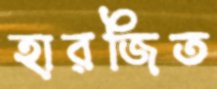
হারজিত